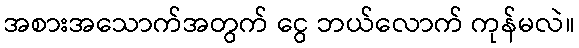
အစားအသောက်အတွက် ငွေ ဘယ်လောက် ကုန်မလဲ။